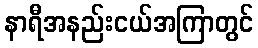
နာရီအနည်းငယ်အကြာတွင်